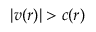
| v ( r ) | > c ( r )